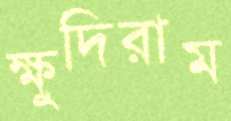
ক্ষুদিরাম